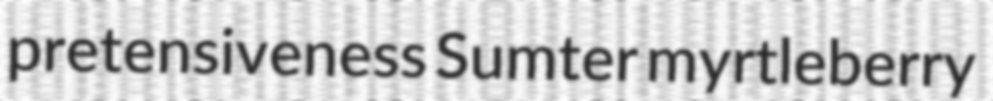
pretensiveness Sumter myrtleberry